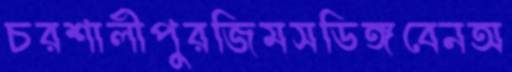
চরশালীপুরজিমসডিঙ্গবেনঅ